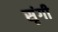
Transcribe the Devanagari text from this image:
सृंगी